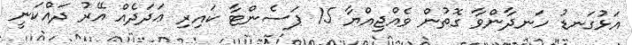
އަޅުގަނޑު ހަނދާންވާ ގޮތުން ވެއްޖިއްޔާ 15 ޕަސެންޓާ ކައިރި ޢަދަދެއް އޭރު ދައްކަނީ